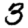
Digit: 3